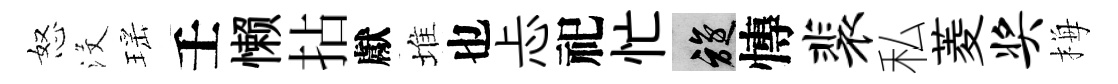
怒沒瑶壬懒拈獻堆也忐祀忙旋慱裴私菱奖梅